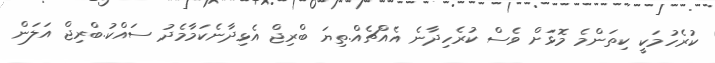
ކުރެހުމަކީ ކިތަންމެ މޮޅަށް ވެސް ކުރެހިދާނެ އެއްޗެއް.ތިޔަ ބްރިޖް އެޅިދާނެކަމާމެދު ސައްކު.ބްރިޖް އަލަން